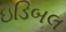
ઇડિબલ